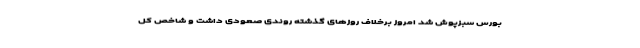
بورس سبزپوش شد امروز برخلاف روزهای گذشته روندی صعودی داشت و شاخص کل